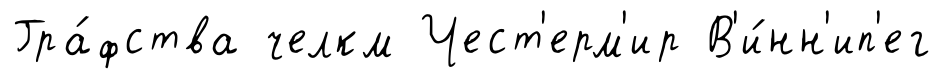
Гра́фства челкм Чест'ерм'ир В'и́нн'ип'ег